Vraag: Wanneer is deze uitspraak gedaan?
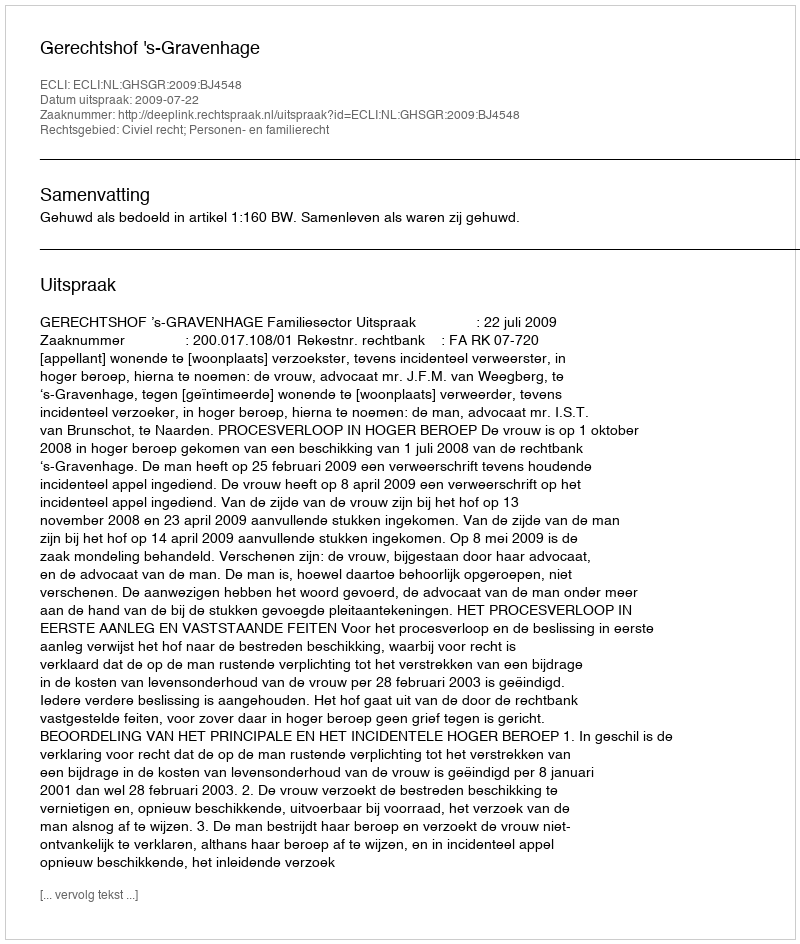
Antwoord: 2009-07-22